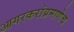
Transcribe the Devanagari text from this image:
आगरकरांप्रमाणेच